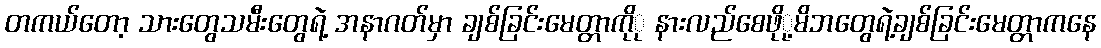
တကယ်တော့ သားတွေသမီးတွေရဲ့ အနာဂတ်မှာ ချစ်ခြင်းမေတ္တာကိုု နားလည်စေဖိုု့မိဘတွေရဲ့ချစ်ခြင်းမေတ္တာကနေ